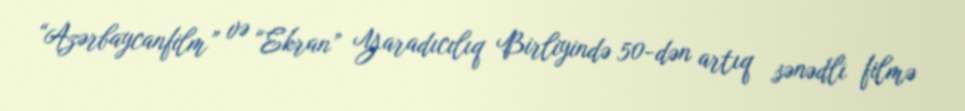
“Azərbaycanfilm” və “Ekran” Yaradıcılıq Birliyində 50-dən artıq sənədli filmə